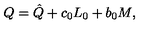
Q = \hat { Q } + c _ { 0 } L _ { 0 } + b _ { 0 } M ,